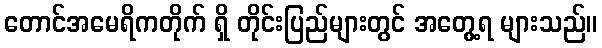
တောင်အမေရိကတိုက် ရှိ တိုင်းပြည်များတွင် အတွေ့ရ များသည်။